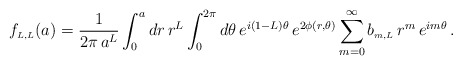
\begin{align*}f_{\scriptscriptstyle{L, L}}(a)=\frac{1}{2 \pi \, a^L}\int_0^a dr\,r^L\int_0^{2 \pi}d \theta\,e^{i (1 -L)\theta}\,e^{2 \phi(r,\theta)}\sum_{m=0}^{\infty} b_{\scriptscriptstyle{m, L}}\,r^m\,e^{i m \theta}\,.\end{align*}